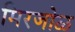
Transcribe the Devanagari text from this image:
मिरजोळ